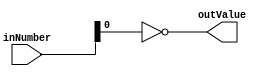
module odd_checker(
    input wire [7:0] inNumber,
    output wire outValue
);
    assign outValue = ~inNumber[0];
endmodule